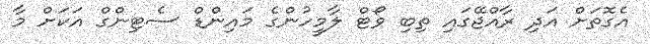
އެގޮތަށް އަދި ރާއްޖޭގައި ތިބި ވޯޓް ލާމީހުންގެ މައިންޑް ސެޓިންގް އަކަށް މާ